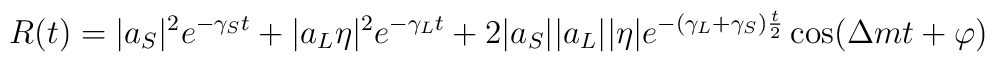
R(t)=|a_S|^2e^{-\gamma_St}+|a_L\eta|^2e^{-\gamma_Lt}+2|a_S||a_L||\eta|e^{-(\gamma_L+\gamma_S){t\over2}}\cos(\Delta mt+\varphi)